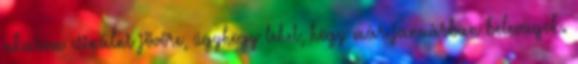
akarom csinálni jövőre, úgyhogy lehet, hogy már januárban belevágok.